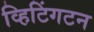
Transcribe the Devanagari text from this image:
व्हिटिंगटन